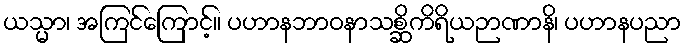
ယသ္မာ၊ အကြင်ကြောင့်။ ပဟာနဘာဝနာသစ္ဆိကိရိယဉာဏာနိ၊ ပဟာနပညာ